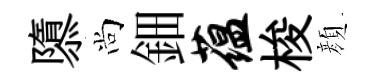
隳尚鈿蕴梭顔